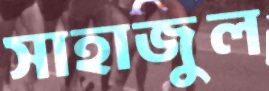
সাহাজুল